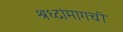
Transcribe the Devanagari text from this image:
श्रध्दांमागची